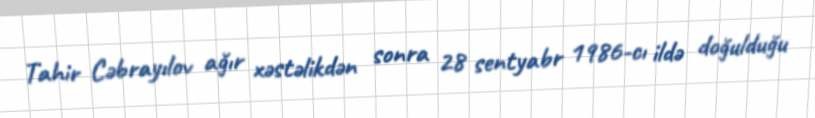
Tahir Cəbrayılov ağır xəstəlikdən sonra 28 sentyabr 1986-cı ildə doğulduğu